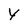
Character: Y